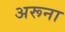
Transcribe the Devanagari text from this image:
अरूना